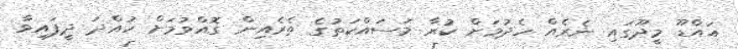
އައްޑޫ މީދޫގައި ނެރެއް ހެދުމަށް ކުރާ މަސައްކަތުގެ ތެރެއިން ގޮއްވުމަށް ހުއްދަ ދީފައިވާ